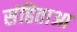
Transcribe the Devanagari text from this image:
संहिताआ